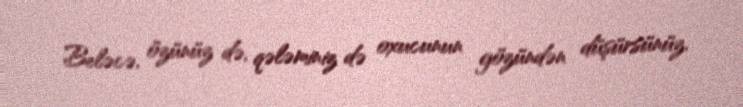
Beləcə, özünüz də, qələminiz də oxucunun gözündən düşürsünüz.